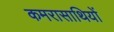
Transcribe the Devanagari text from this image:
कमरासाथियों